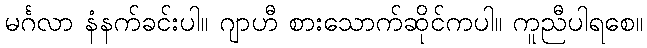
မင်္ဂလာ နံနက်ခင်းပါ။ ဂျာဟီ စားသောက်ဆိုင်ကပါ။ ကူညီပါရစေ။